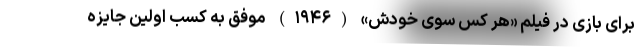
برای بازی در فیلم «هر کس سوی خودش» (۱۹۴۶) موفق به کسب اولین جایزه